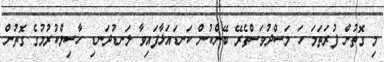
މި ގޮތުން ފުރަތަމަ ހަ މަސްދުވަސްތެރޭ ބޭންކުން ކަނޑައަޅާފައިވާ ލަނޑުދަނޑި ހާސިލްކުރުމުގެ ގޮތުން